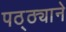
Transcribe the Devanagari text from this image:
पठ्ठ्याने